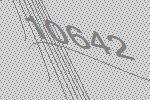
10642